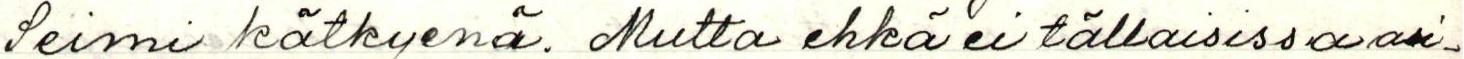
seimi kätkyenä. Mutta ehkä ei tällaisissa asi-